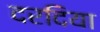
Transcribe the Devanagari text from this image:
दरदिया